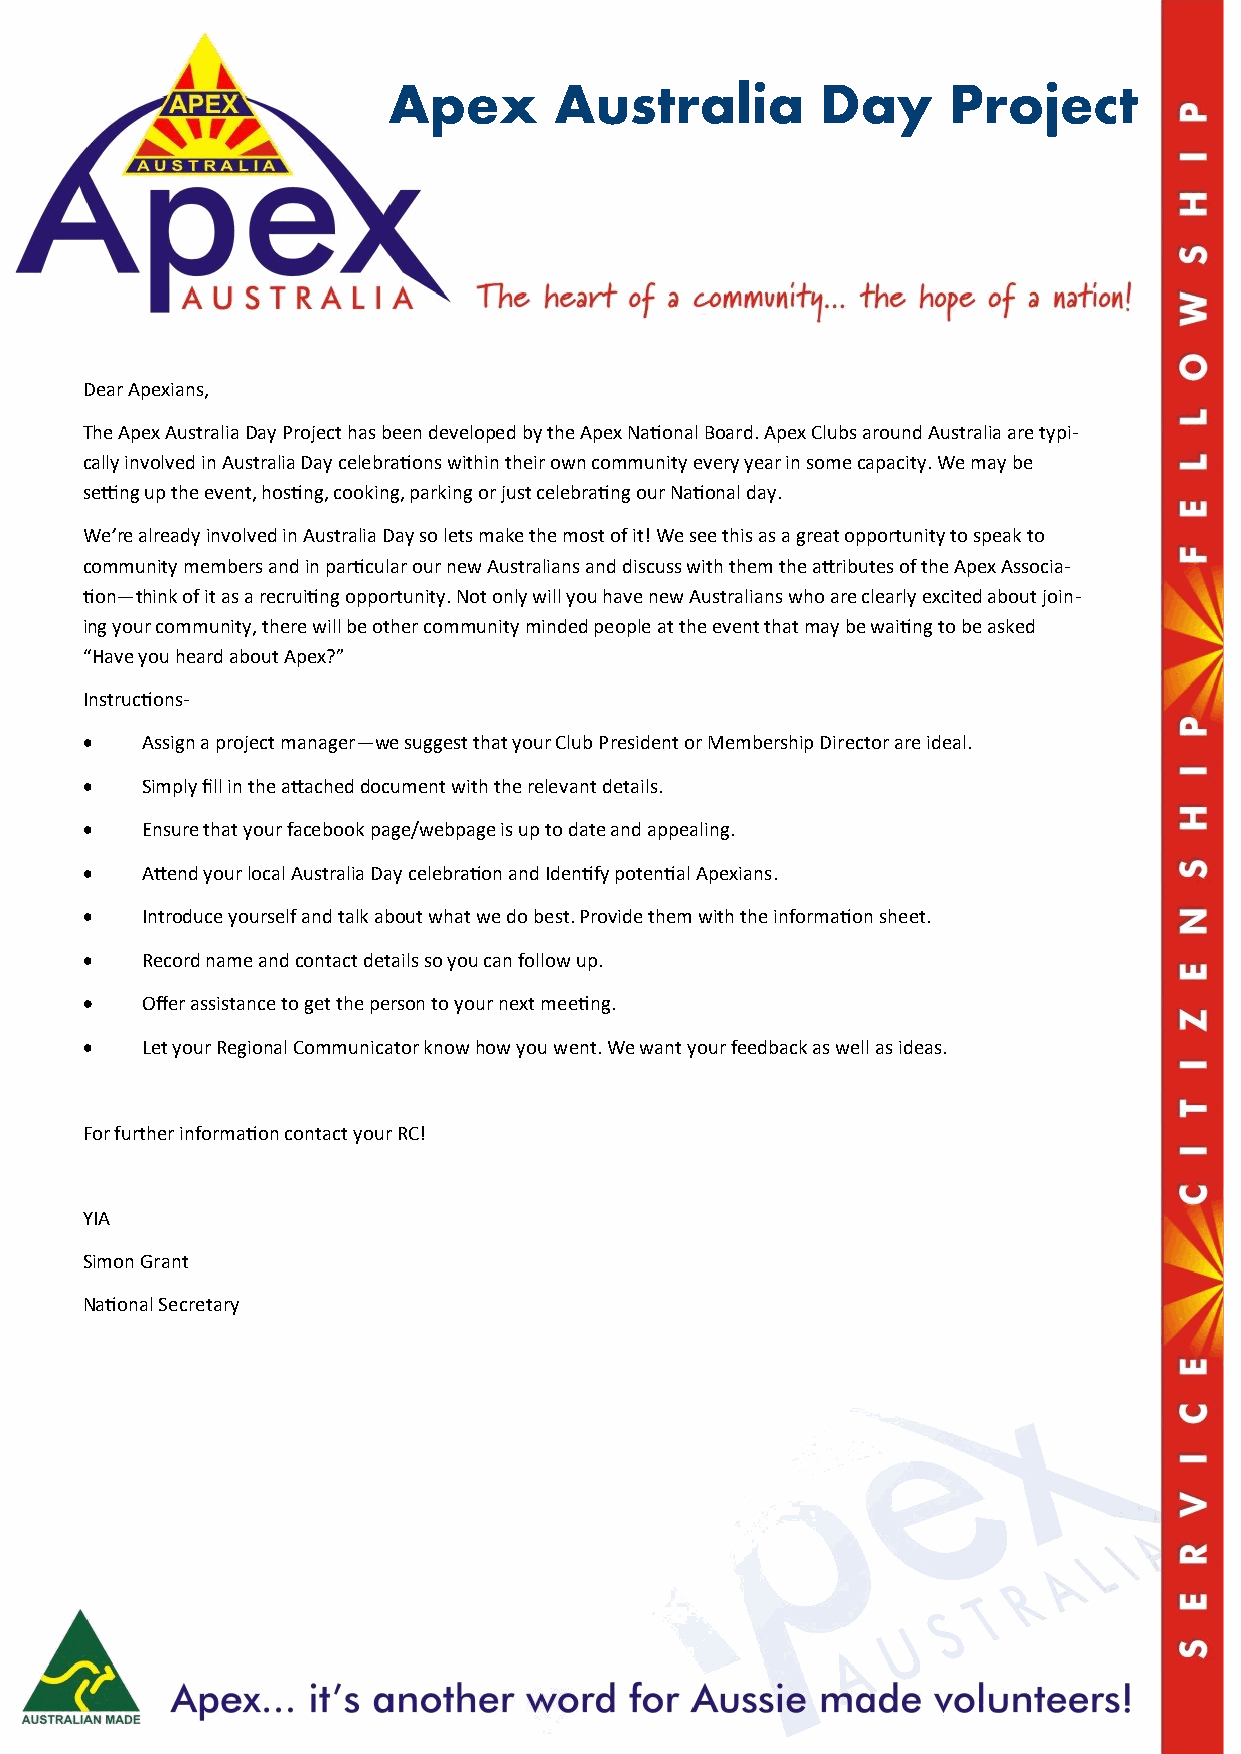
Apex       Australia        Day      Project
 Dear Apexians,
 The Apex Australia Day Project has been developed by the Apex National Board. Apex Clubs around Australia are typi-
 cally involved in Australia Day celebrations within their own community every year in some capacity. We may be
 setting up the event, hosting, cooking, parking or just celebrating our National day.
 We’re already involved in Australia Day so lets make the most of it! We see this as a great opportunity to speak to
 community members and in particular our new Australians and discuss with them the attributes of the Apex Associa-
 tion—think of it as a recruiting opportunity. Not only will you have new Australians who are clearly excited about join-
 ing your community, there will be other community minded people at the event that may be waiting to be asked
 “Have you heard about Apex?”
 Instructions-
 •   Assign a project manager—we suggest that your Club President or Membership Director are ideal.
 •   Simply fill in the attached document with the relevant details.
 •   Ensure that your facebook page/webpage is up to date and appealing.
 •   Attend your local Australia Day celebration and Identify potential Apexians.
 •   Introduce yourself and talk about what we do best. Provide them with the information sheet.
 •   Record name and contact details so you can follow up.
 •   Offer assistance to get the person to your next meeting.
 •   Let your Regional Communicator know how you went. We want your feedback as well as ideas.
 For further information contact your RC!
 YIA
 Simon Grant
 National Secretary